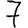
Digit: 7